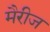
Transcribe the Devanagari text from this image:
मैरीज